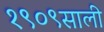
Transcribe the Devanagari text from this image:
१९०९साली